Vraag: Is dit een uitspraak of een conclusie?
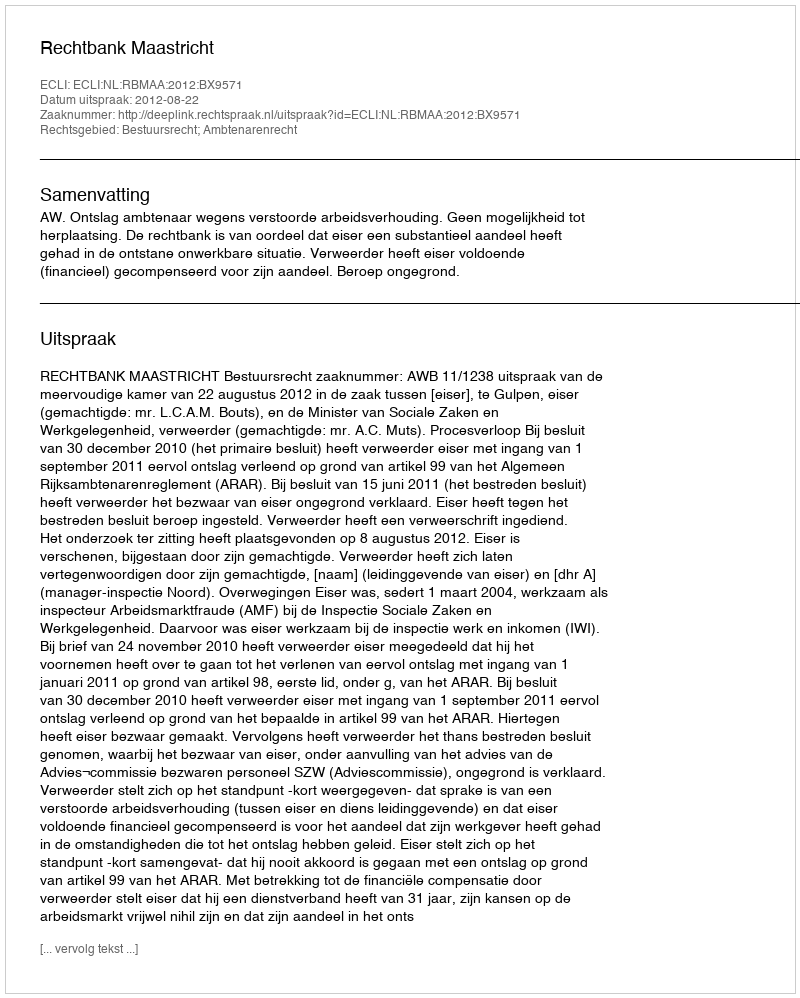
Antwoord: Uitspraak